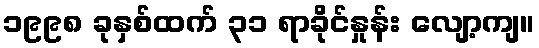
၁၉၉၈ ခုနှစ်ထက် ၃၁ ရာခိုင်နှုန်း လျော့ကျ။